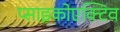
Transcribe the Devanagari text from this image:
प्साइकोएक्टिव